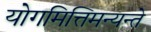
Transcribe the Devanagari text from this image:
योगमित्तिमन्यन्ते